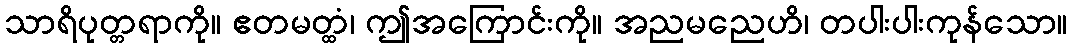
သာရိပုတ္တရာကို။ ဧတမတ္ထံ၊ ဤအကြောင်းကို။ အညမညေဟိ၊ တပါးပါးကုန်သော။